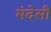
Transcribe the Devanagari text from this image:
मंदेसी